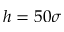
h = 5 0 \sigma